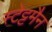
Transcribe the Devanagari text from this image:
स्टेट्टमैन